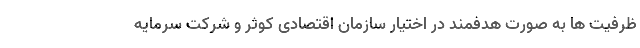
ظرفیت ها به صورت هدفمند در اختیار سازمان اقتصادی کوثر و شرکت سرمایه